Vaccination North-Western Provinces 1866-1877 - 1866-1877
Year: 1866
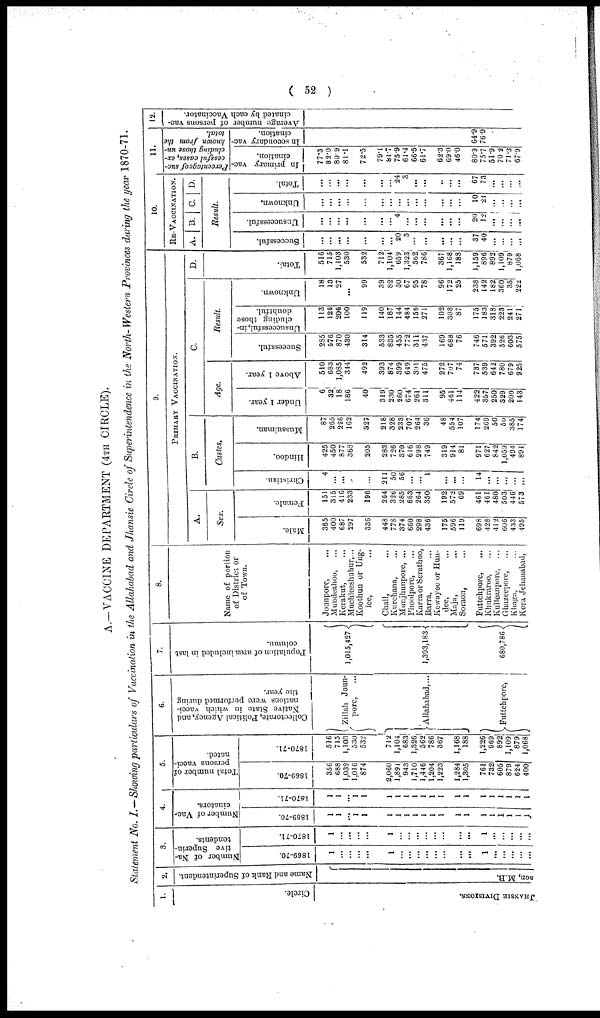
( 52 )
A.—VACCINE DEPARTMENT (4TH CIRCLE).
Statement No. I.—Showing particulars of Vaccination in the Allahabad and Jhansie Circle of Superintendence in the North-Western Provinces during the year 1870-71.
1.
Circle.
JHANSIE DIVISIONS.
2.
Name and Rank of Superintendent.
son, M.B.
3.
Number of Na-
tive Superin-
tendents.
1869-70.
1
...
...
...
...
1
...
...
...
...
...
...
...
...
1
...
...
...
...
...
1870-71.
1
...
...
...
...
1
...
...
...
...
...
...
...
...
1
...
...
...
...
...
4.
Number of Vac¬
cinators.
1869-70.
1
1
...
1
1
1
1
1
1
1
1
1
1
1
1
1
1
1
1
1
1870-71.
1
1
...
1
1
1
1
1
1
1
1
1
1
1
1
1
1
1
1
1
5.
Total number of
persons vacci-
nated.
1869-70.
356
688
1,032
1,016
874
2,060
1,891
943
1,710
1 446
1,204
1,223
1,284
1,305
761
732
605
879
624
400
1870-71.
516
715
1,103
530
532
712
1,104
683
1,326
562
786
367
1,168
188
1,226
969
892
1,109
879
1,068
6.
Collectorate, Political Agency, and
Native State in which vacci-
nations were performed during
the year.
Zillah Joun¬
pore, ...
Allahabad,...
Futtehpore,
7.
Population of area included in last
column.
1,015,427
1,393,183
680,786
8.
Name of portion
of District or
of Town.
Jounpore, ...
Mundeahoo, ...
Kerakut, ...
Muchleeshuhur,...
Koothun or Ung¬
lee, ...
Chail, ...
Kurchana, ...
Munjhunpore, ...
Phoolpore, ...
Karra or Serathoo,
Barra, ...
Kewayee or Hun¬
dee, ...
Maja, ...
Soraon, ...
Futtehpore, ...
Khukraroo, ...
Kulleanpore, ...
Ghazeepore, ...
Khaga, ...
Kora Jehanabad,
9.
PRIMARY VACCINATION.
A.
Sex.
Male.
365
400
687
297
336
448
778
374
660
298
436
175
596
119
698
428
412
606
433
495
Female.
151
315
416
233
196
264
326
285
663
264
350
192
572
69
461
461
480
503
446
573
B.
Castes.
Christian.
4
...
...
...
...
211
50
56
...
...
1
...
...
...
14
...
...
...
...
...
Hindoo.
425
450
877
368
205
283
726
370
616
298
749
319
914
81
971
627
842
1,059
494
894
Mussulman.
87
265
226
162
327
218
328
233
707
264
36
48
554
107
174
269
50
50
385
174
C.
Age.
Under 1 year.
6
32
18
186
40
319
230
260
674
261
311
95
461
114
422
357
250
329
200
143
Above 1 year.
510
683
1,085
344
492
393
874
399
649
301
475
272
707
74
737
539
642
780
679
925
Result.
Successful.
2S5
576
870
430
314
533
835
455
772
311
437
169
688
76
746
571
392
526
603
575
Unsuccessful, in-
cluding those
doubtful.
113
126
206
100
119
140
187
144
484
156
271
102
308
87
175
183
318
223
24l
271
Unknown.
18
13
27
...
99
39
82
60
67
95
78
96
172
25
238
142
182
360
35
222
D.
Tot al .
516
715
1,103
530
532
712
1,104
659
1,323
562
786
367
1,168
188
1,159
896
892
1,109
879
1,068
10.
RE-VACCINATION.
A.
B. C. D.
Result.
Successful.
...
...
...
...
...
...
...
20
3
...
...
...
...
...
37
40
...
...
...
...
Unsuccessful.
...
...
...
...
...
...
...
4
...
...
...
...
...
...
20
12
...
...
...
...
Unknown.
...
...
...
...
...
...
...
...
...
...
...
...
...
...
10
21
...
...
...
...
Total.
...
...
...
...
...
...
...
24
3
...
...
...
...
...
67
73
...
...
...
...
11.
Percentage of suc-
cessful cases, ex-
cluding those un-
known from the
total.
In primary vac-
cination.
77.3
82.0
80.9
81.1
72.5
79.1
81.7
75.9
61.4
66.5
61.7
62.3
69.0
46.0
80.9
75.7
51.9
70.2
71.3
67.9
In secondary vac-
cination.
64.9
76.9
12.
Average number of persons vac-
cinated by each Vaccinator.